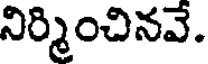
నిర్మించినవే.